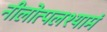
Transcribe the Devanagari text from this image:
नीलोत्पलश्यामं